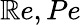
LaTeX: \mathbb{R}e,Pe